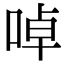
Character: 啅